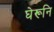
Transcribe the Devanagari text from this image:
घेरूनि